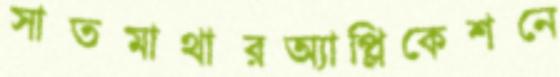
সাতমাথারঅ্যাপ্লিকেশনে